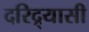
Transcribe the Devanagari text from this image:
दरिद्र्यासी